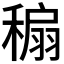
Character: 𥡇